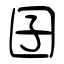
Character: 囝